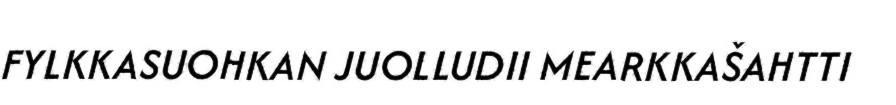
FYLKKASUOHKAN JUOLLUDII MEARKKAŠAHTTI